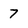
Character: 7